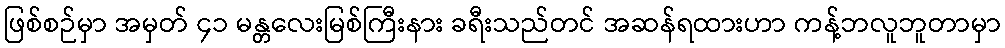
ဖြစ်စဉ်မှာ အမှတ် ၄၁ မန္တလေးမြစ်ကြီးနား ခရီးသည်တင် အဆန်ရထားဟာ ကန့်ဘလူဘူတာမှာ